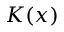
K ( x )